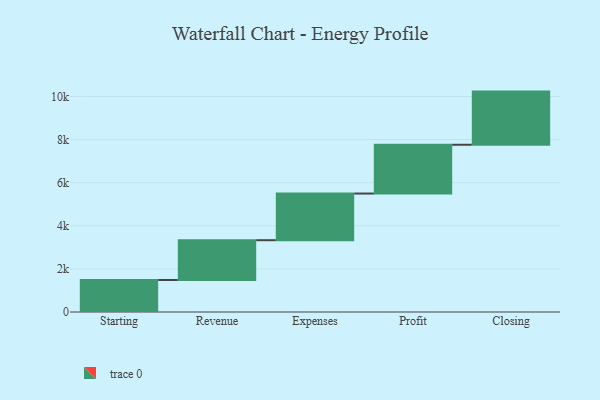
{"axis": {"x": "Step", "y": "Value"}, "legend": [""], "data": [{"x": "Starting", "y": 1484.0, "type": ""}, {"x": "Revenue", "y": 1848.0, "type": ""}, {"x": "Expenses", "y": 2166.0, "type": ""}, {"x": "Profit", "y": 2264.0, "type": ""}, {"x": "Closing", "y": 2467.0, "type": ""}]}